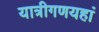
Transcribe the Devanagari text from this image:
यात्रीगणयहां